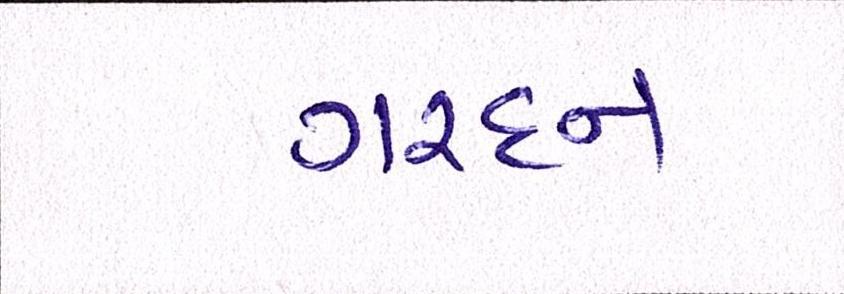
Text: ગરદન